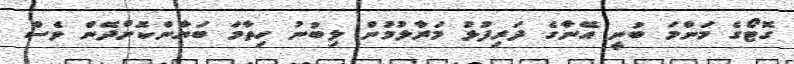
ގޮޓޯގެ މަންމަ ބުނީ އޭނާގެ ދަރިފުޅު މަރާލުމުން ލިބުނު ހިތާމަ ބަޔާންކޮށްދޭން ވެސް